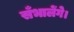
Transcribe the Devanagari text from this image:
सँभालेंगे।